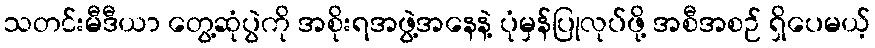
သတင်းမီဒီယာ တွေ့ဆုံပွဲကို အစိုးရအဖွဲ့အနေနဲ့ ပုံမှန်ပြုလုပ်ဖို့ အစီအစဉ် ရှိပေမယ့်